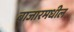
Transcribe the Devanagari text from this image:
बाजारमधील